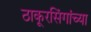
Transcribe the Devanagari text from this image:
ठाकूरसिंगांच्या